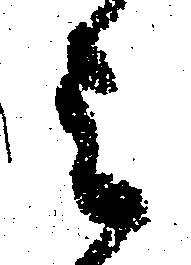
ミ